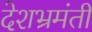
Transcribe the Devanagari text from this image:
देशभ्रमंती